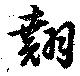
翹